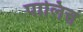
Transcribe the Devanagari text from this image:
पालित्त